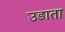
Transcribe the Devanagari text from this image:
उडाता